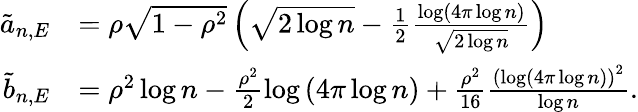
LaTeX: \begin{array}{rl}{\tilde{a}_{n,E}}&{=\rho\sqrt{1-\rho^{2}}\left(\sqrt{2\log n}-\frac 12\frac{\log\left(4\pi\log n\right)}{\sqrt{2\log n}}\right)}\\ {\tilde{b}_{n,E}}&{=\rho^{2}\log n-\frac{\rho^{2}}{2}\log\left(4\pi\log n\right)+\frac{\rho^{2}}{16}\frac{{(\log\left(4\pi\log n\right))}^{2}}{\log n}.}\end{array}